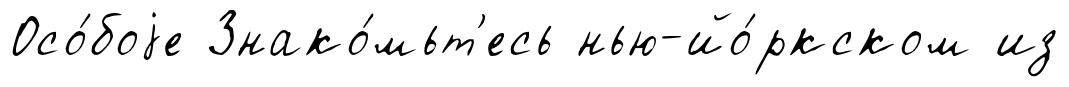
Осо́боjе Знако́мьт'есь нью-йо́ркском из